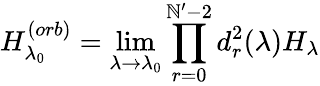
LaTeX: H_{\lambda_{0}}^{(orb)}=\operatorname*{lim}_{\lambda\rightarrow\lambda_{0}}\prod_{r=0}^{\mathbb{N}^{\prime}-2}d_{r}^{2}(\lambda)H_{\lambda}